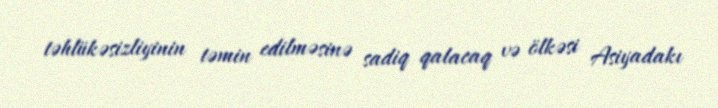
təhlükəsizliyinin təmin edilməsinə sadiq qalacaq və ölkəsi Asiyadakı